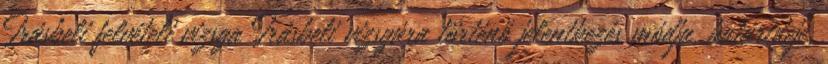
Írásbeli felvételi vizsga Írásbeli vizsgára történő jelentkezés módja, határideje,